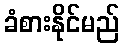
ခံစားနိုင်မည်